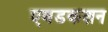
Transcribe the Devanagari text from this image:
एबडकशन